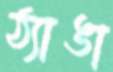
ঠ্যাঙা